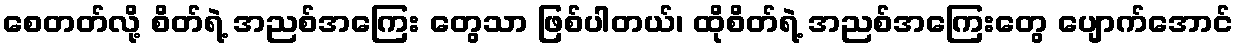
စေတတ်လို့ စိတ်ရဲ့ အညစ်အကြေး တွေသာ ဖြစ်ပါတယ်၊ ထိုစိတ်ရဲ့ အညစ်အကြေးတွေ ပျောက်အောင်